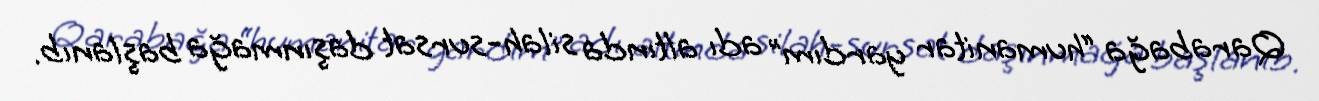
Qarabağa “humanitar yardım” adı altında silah-sursat daşınmağa başlanıb.